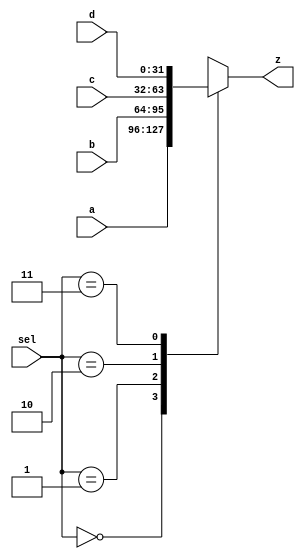
`timescale 1ns / 1ps
//////////////////////////////////////////////////////////////////////////////////
// Company: 
// Engineer: 
// 
// Design Name: 
// Module Name: mux_fourway
// Project Name: 
// Target Devices: 
// Tool Versions: 
// Description: 
// 
// Dependencies: 
// 
// Revision:
// Revision 0.01 - File Created
// Additional Comments:
// 
//////////////////////////////////////////////////////////////////////////////////


module mux_fourway #(parameter WORD_SIZE = 32)
                    (input [WORD_SIZE - 1: 0] a, b, c, d,
                     input [1:0] sel,
                     output reg [WORD_SIZE - 1: 0] z);

    always @ (*) begin
        case (sel)
            2'b00: z <= a;
            2'b01: z <= b;
            2'b10: z <= c;
            2'b11: z <= d;
        endcase
    end               
endmodule